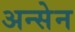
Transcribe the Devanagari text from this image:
अन्सेन